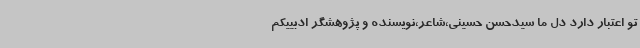
تو اعتبار دارد دل ما سیدحسن حسینی،شاعر،نویسنده و پژوهشگر ادبییکم